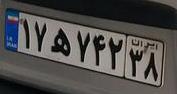
۱۷ه۷۲۴۳۸